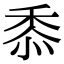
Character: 𮮐